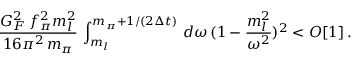
\frac { G _ { F } ^ { 2 } \, f _ { \pi } ^ { 2 } m _ { l } ^ { 2 } } { 1 6 \pi ^ { 2 } \, m _ { \pi } } \, \int _ { m _ { l } } ^ { m _ { \pi } + 1 / ( 2 \Delta t ) } \, d \omega \, ( 1 - \frac { m _ { l } ^ { 2 } } { \omega ^ { 2 } } ) ^ { 2 } < O [ 1 ] \, .